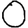
Digit: 0